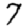
Digit: 7